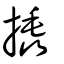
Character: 撬